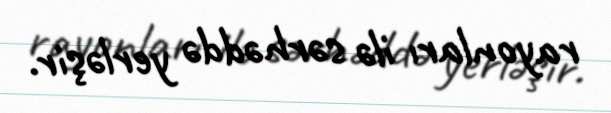
rayonları ilə sərhəddə yerləşir.